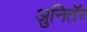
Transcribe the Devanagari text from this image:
अुनितॅर